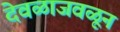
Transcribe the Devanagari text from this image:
देवळाजवळून